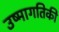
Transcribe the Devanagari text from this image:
उष्‍मागतिकी